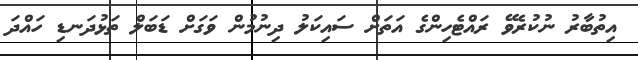
އިތުބާރު ނުކުރެވޭ ރައްޓެހިންގެ އަތަށް ސައިކަލު ދިނުމުން ވަގަށް ޑަބަލް ތަޅުދަނޑި ހައްދަ